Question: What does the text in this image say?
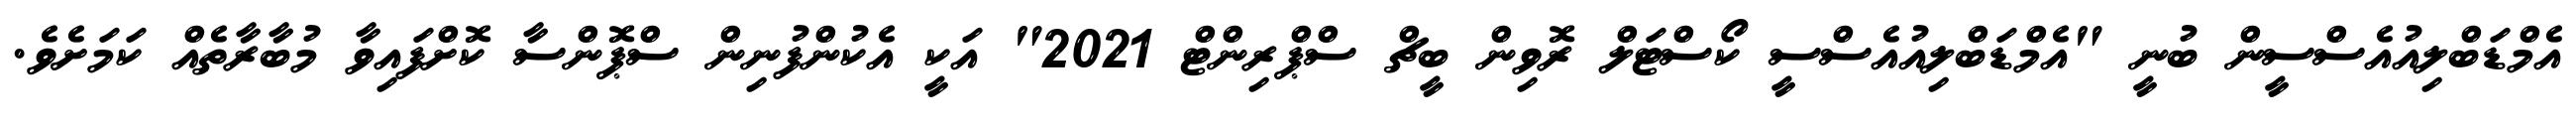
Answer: އެމްޑަބްލިއުއެސްސީން ބުނީ "އެމްޑަބްލިއުއެސްސީ ކޯސްޓަލް ރޮވިން ބީޗް ސްޕްރިންޓް 2021" އަކީ އެކުންފުނިން ސްޕޮންސާ ކޮށްފައިވާ މުބާރާތެއް ކަމަށެވެ.